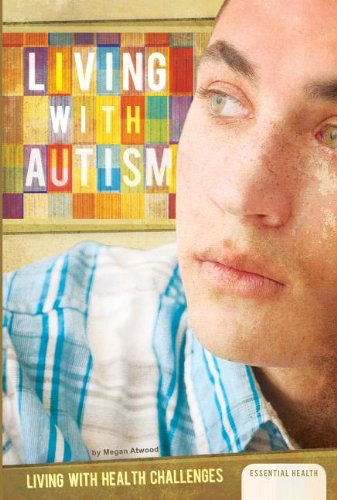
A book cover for Living with Autism (Living With Health Challenges); Megan Atwood; Teen & Young Adult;